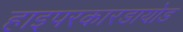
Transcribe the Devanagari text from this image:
हाइपरकारडायोड